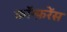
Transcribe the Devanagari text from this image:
काॅन्फ़रेंस